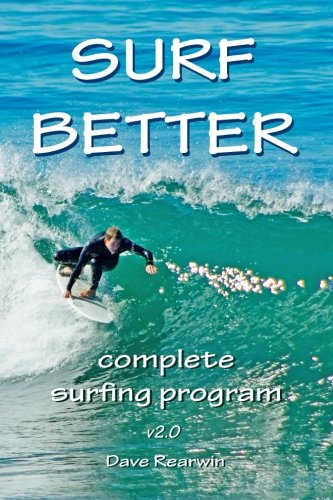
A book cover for Surf Better: complete surfing program; Dave Rearwin; Sports & Outdoors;